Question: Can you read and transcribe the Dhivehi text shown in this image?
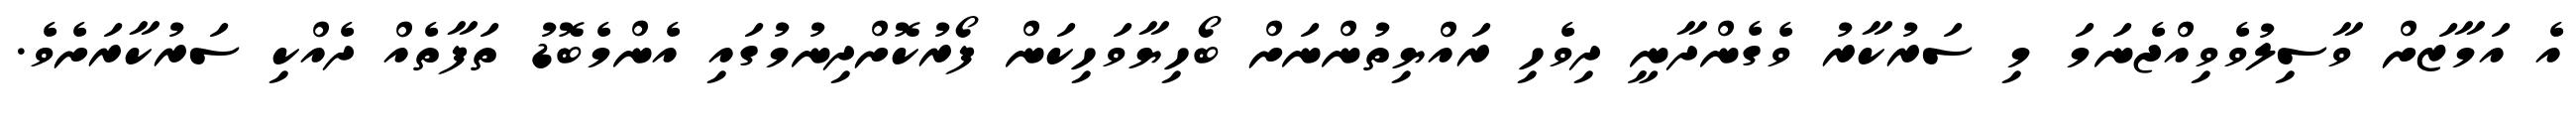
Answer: އެ އަމާޒަށް ވާސިލުވެވިއްޖެނަމަ މި ސަރުކާރު ވެގެންދާނީ ދިވެހި ރައްޔިތުންނަށް ބޯހިޔާވަހިކަން ފޯރުކޮށްދިނުމުގައި އެންމެބޮޑު ތަފާތެއް ދެއްކި ސަރުކާރަށެވެ.